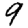
Digit: 9